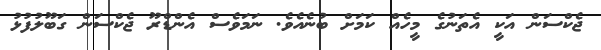
ޖެކްސަން އަކީ އެތަނުގެ މީހެއް ކަމަށް ބުނެއެވެ. ނަމަވެސް އެންޑްރޫ ޖެކްސަން ގަބޫލުފުޅު